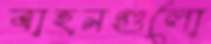
বাহনগুলো